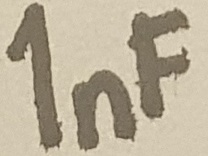
Text: 1nF